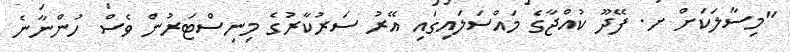
"މިސާލަކަށް ށ. ފޭދޫ ކުއްޖާގެ މައްސަލައިގައި އޭރު ސަރުކާރުގެ މިނިސްޓަރުން ވެސް ހުންނާނެ